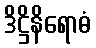
ဒိဋ္ဌိနိရောဓံ